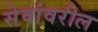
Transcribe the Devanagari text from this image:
सेवांवरील